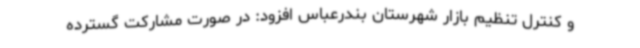
و کنترل تنظیم بازار شهرستان بندرعباس افزود: در صورت مشارکت گسترده